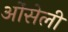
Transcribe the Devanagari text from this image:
ओंसेली